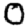
Digit: 0